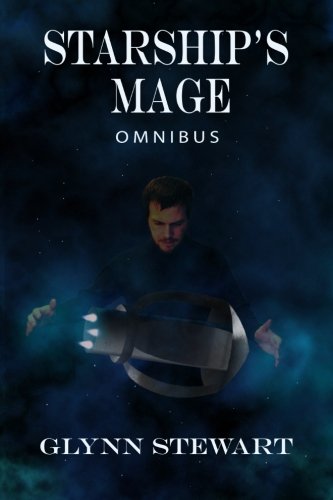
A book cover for Starship's Mage: Omnibus; Glynn Stewart; Science Fiction & Fantasy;